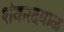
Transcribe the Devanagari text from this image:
शंकरदयाळ